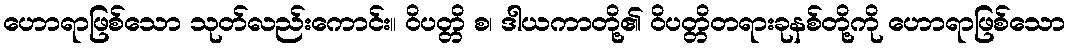
ဟောရာဖြစ်သော သုတ်လည်းကောင်း။ ဝိပတ္တိ စ၊ ဒါယကာတို့၏ ဝိပတ္တိတရားခုနစ်တို့ကို ဟောရာဖြစ်သော